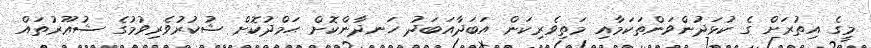
މީގެ އިތުރަށް ގެ ކުޅަދުންވަންތަކަމާއި މަތިވެރިކަން އަބަދާއަބަދު ހަނދާންކޮށް ޙަމްދުކޮށް ޝުކުރުވެރިވުމުގެ ޝުޢޫރުތައް